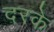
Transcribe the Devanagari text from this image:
दरके